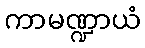
ကာမဏ္ဍာယံ